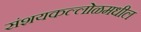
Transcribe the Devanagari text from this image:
संशयकल्लोळमधील